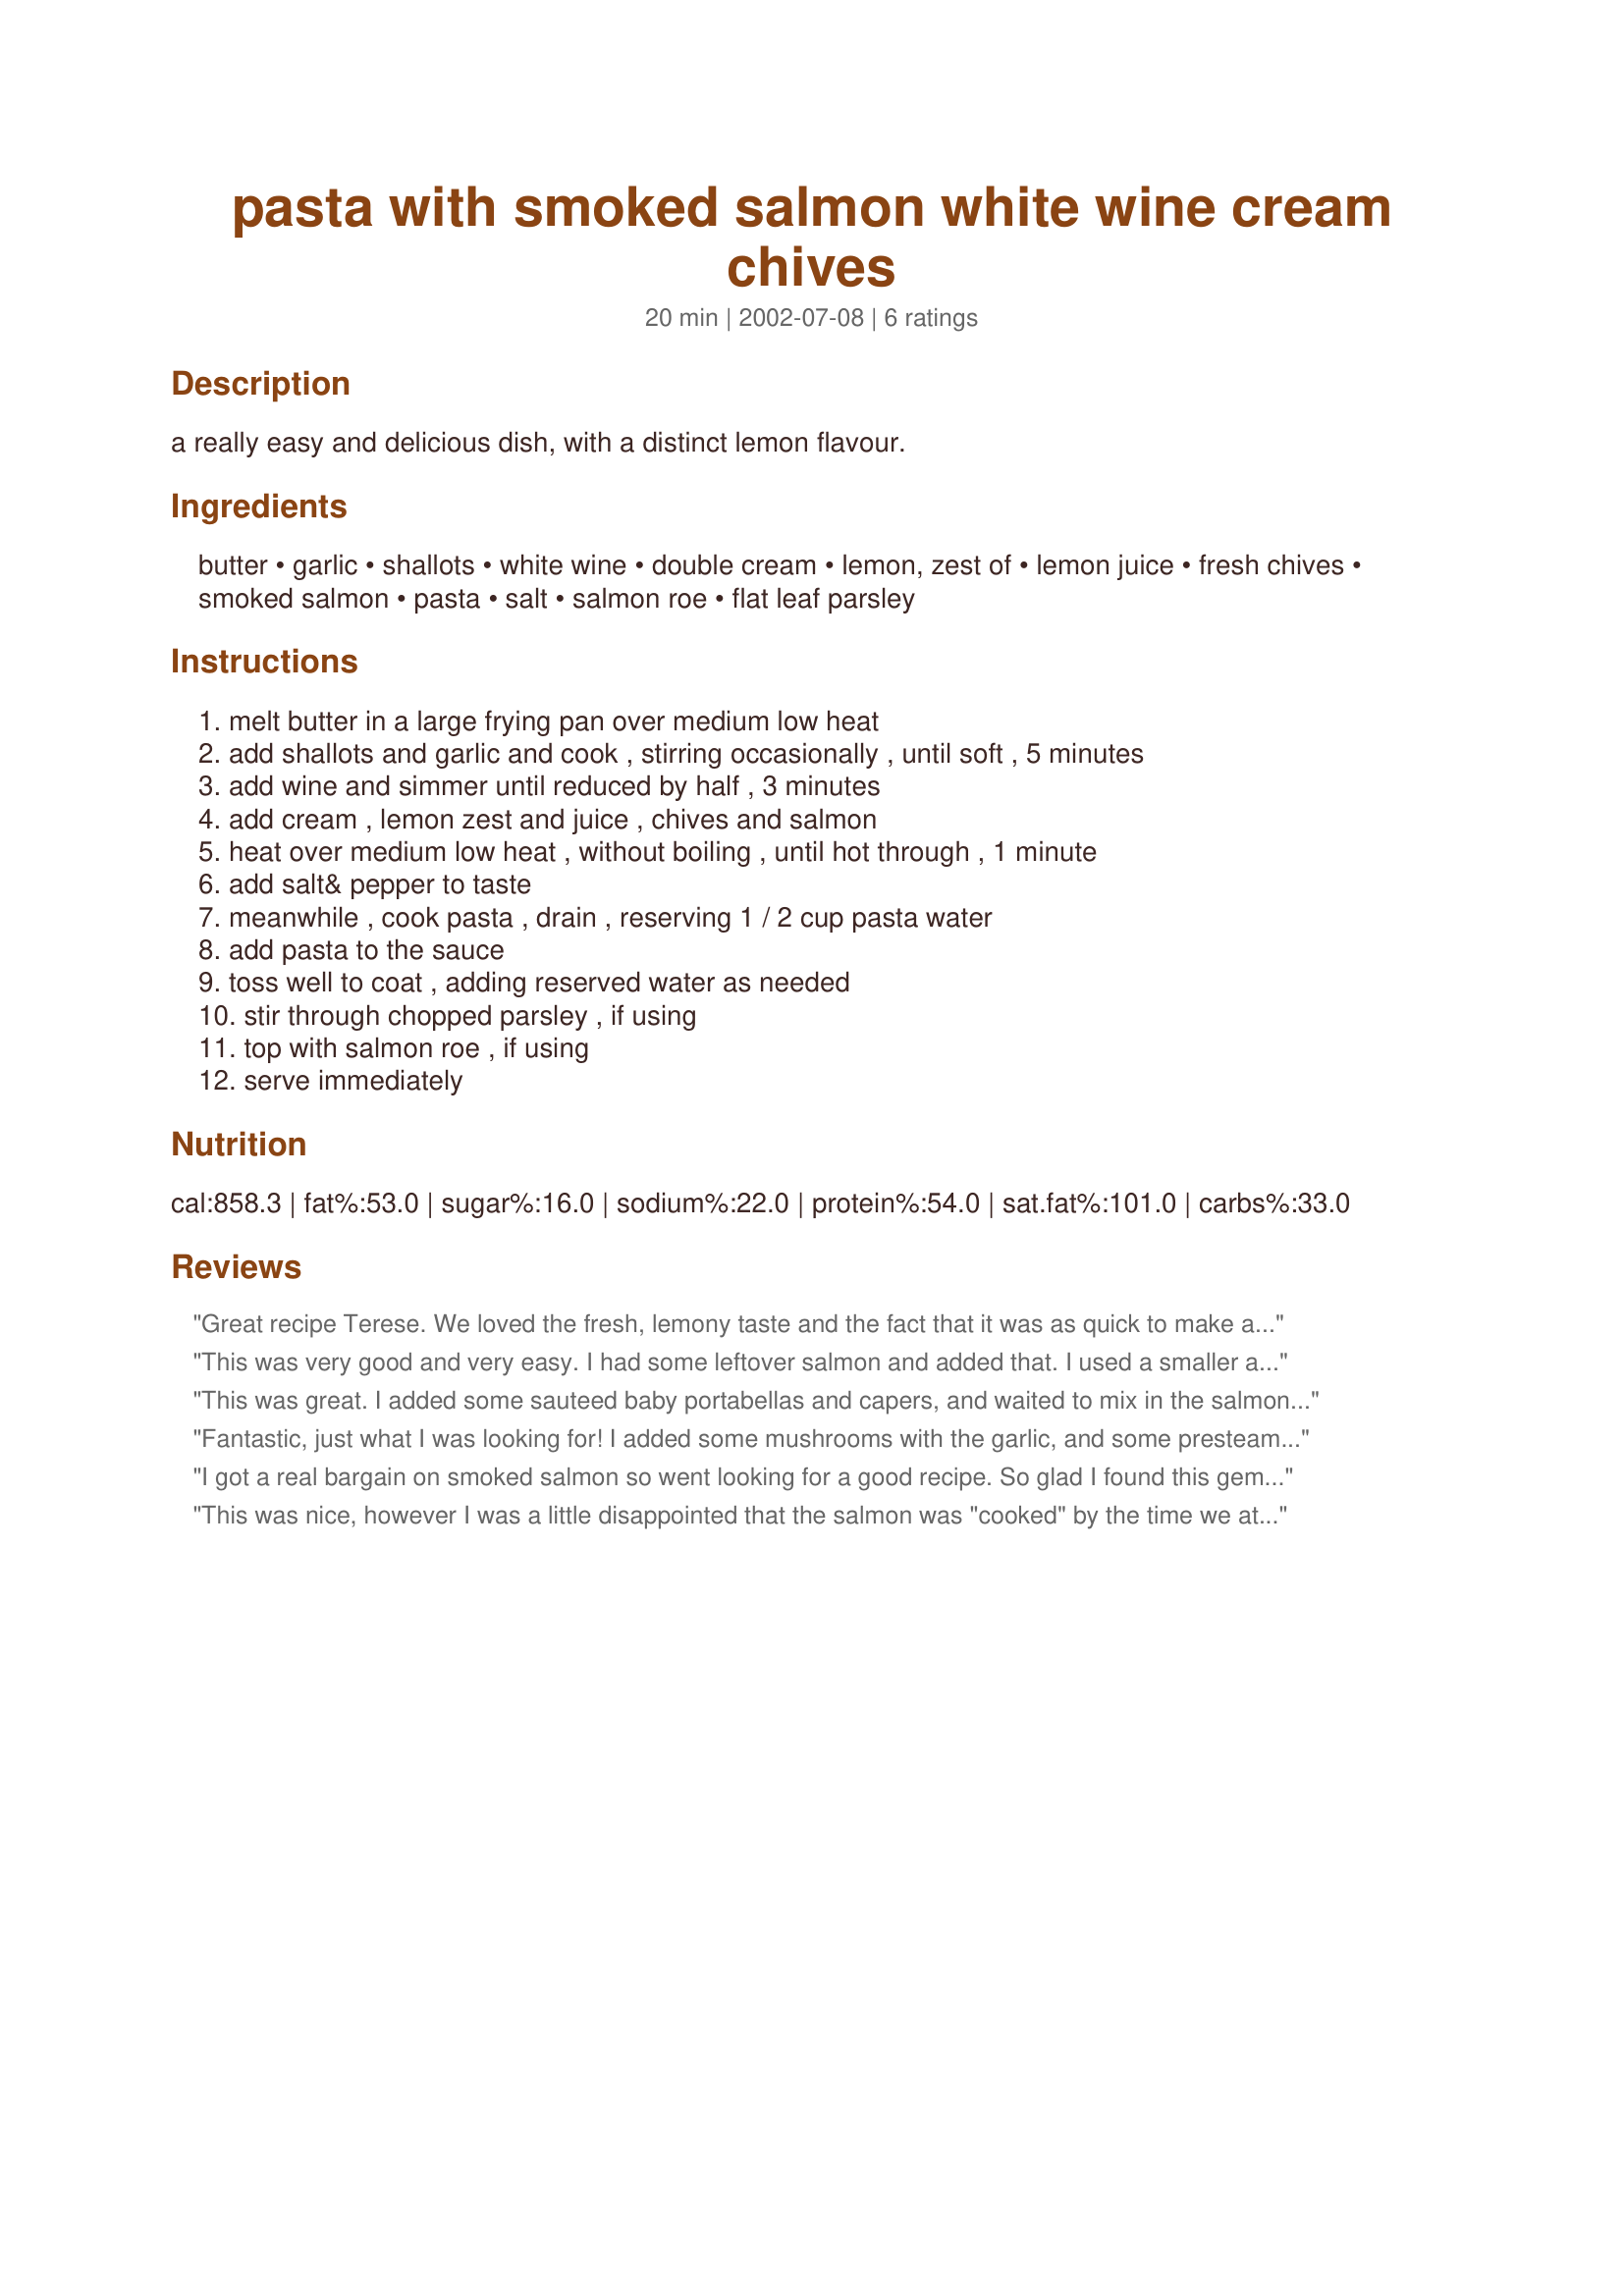
pasta with smoked salmon white wine cream chives
Preparation time: 20 minutes

a really easy and delicious dish, with a distinct lemon flavour.

Ingredients:
butter, garlic, shallots, white wine, double cream, lemon, zest of, lemon juice, fresh chives, smoked salmon, pasta, salt, salmon roe, flat leaf parsley

Steps:
melt butter in a large frying pan over medium low heat
add shallots and garlic and cook , stirring occasionally , until soft , 5 minutes
add wine and simmer until reduced by half , 3 minutes
add cream , lemon zest and juice , chives and salmon
heat over medium low heat , without boiling , until hot through , 1 minute
add salt& pepper to taste
meanwhile , cook pasta , drain , reserving 1 / 2 cup pasta water
add pasta to the sauce
toss well to coat , adding reserved water as needed
stir through chopped parsley , if using
top with salmon roe , if using
serve immediately

Reviews:
Great recipe Terese. We loved the fresh, lemony taste and the fact that it was as quick to make as you promised, I had a bit of dill going to waste, so put some of that in too, as I think it goes well with lemon and salmon..
This was very good and very easy. I had some leftover salmon and added that. I used a smaller amout of smaked salmon because this batch was so salty. We enjoyed it, and I was able to serve the leftovers to some unexpected guests the next night, they liked it too.
This was great. I added some sauteed baby portabellas and capers, and waited to mix in the salmon until immediately before serving.
Fantastic, just what I was looking for! I added some mushrooms with the garlic, and some presteamed broccoli and cauliflower at the end as my husband likes a few more veges with his pasta, but it was great. Also really appreciate recipes in Australian measurements :-)
I got a real bargain on smoked salmon so went looking for a good recipe. So glad I found this gem. Made as written and thoroughly enjoyed. I meant to add some dill and capers, but forgot. They would be nice additions, but the recipe doesn&#039;t need them. Thanks so very much for posting.
This was nice, however I was a little disappointed that the salmon was "cooked" by the time we ate it. I think next time I would stir the salmon through when the chopped parsley is added. Thanks!
